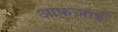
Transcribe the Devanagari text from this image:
आफज़ाई